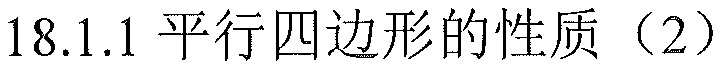
18.1.1 平行四边形的性质（2）